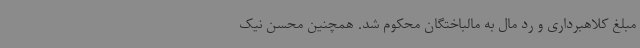
مبلغ کلاهبرداری و رد مال به مالباختگان محکوم شد. همچنین محسن نیک